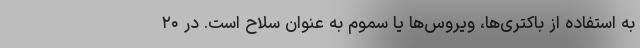
به استفاده از باکتری‌ها، ویروس‌ها یا سموم به عنوان سلاح است. در ۲۰